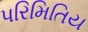
પરિમિતિય